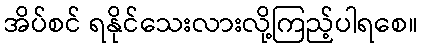
အိပ်စင် ရနိုင်သေးလားလို့ကြည့်ပါရစေ။